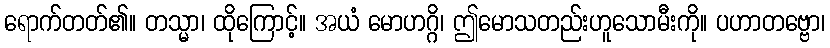
ရောက်တတ်၏။ တသ္မာ၊ ထိုကြောင့်။ အယံ မောဟဂ္ဂိ၊ ဤမောသတည်းဟူသောမီးကို။ ပဟာတဗ္ဗော၊